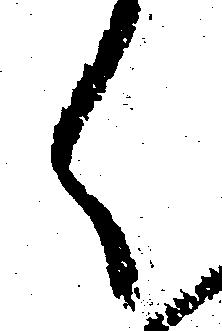
く